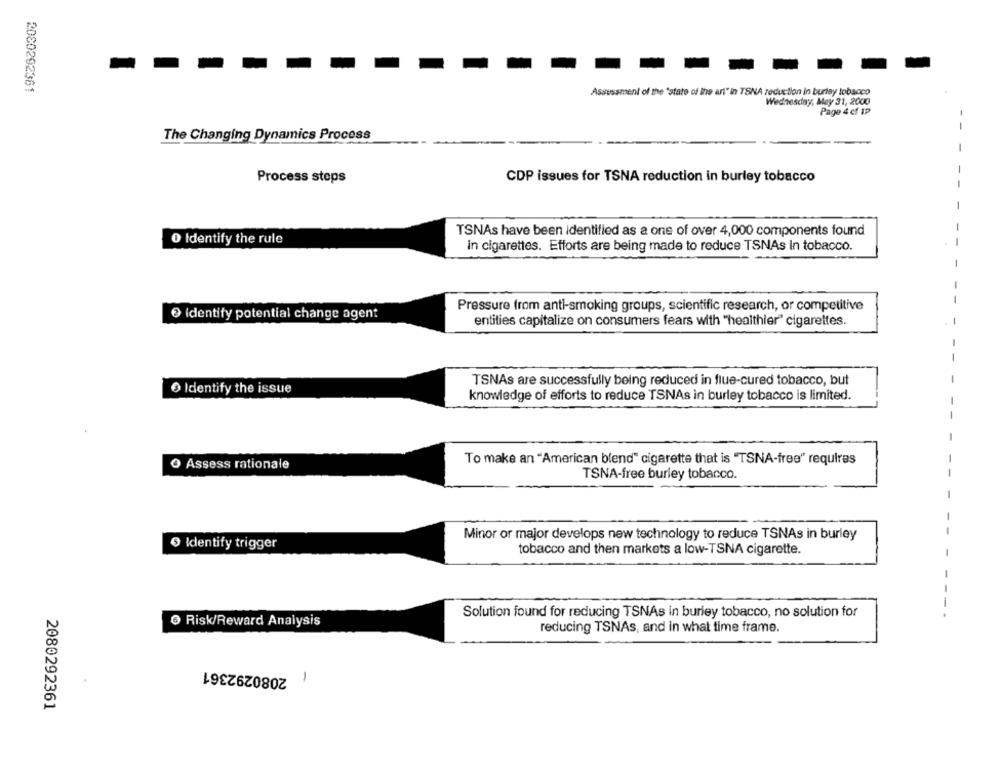
2080292361
Assessment of the "state of the art" in TSNA reduction in burley tobacco
Wednesday, May 31, 2000
Page 4 cf 12
--
The Changing Dynamics Process
-
Process steps
CDP issues for TSNA reduction in burley tobacco
TSNAs have been identified as a one of over 4,000 components found
O Identify the rule
in cigarettes. Efforts are being made to reduce TSNAs In tobacco.
Pressure from anti-smoking groups, scientific research, or competitive
Identify potential change agent
entities capitalize on consumers fears with "healthier" cigarettes.
TSNAs are successfully being reduced in flue-cured tobacco, but
O Identify the issue
knowledge of efforts to reduce TSNAs in burley tobacco is limited.
Assess rationale
To make an "American blend" cigarette that is "TSNA-free" requires
TSNA-free burley tobacco.
Minor or major develops new technology to reduce TSNAs in burley
0 Identify trigger
tobacco and then markets a low-TSNA cigarette.
Solution found for reducing TSNAs in burley tobacco, no solution for
@ Risk/Reward Analysis
reducing TSNAs, and in what time frame.
2080292361
1
2080292361